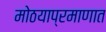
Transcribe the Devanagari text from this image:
मोठयाप्रमाणात